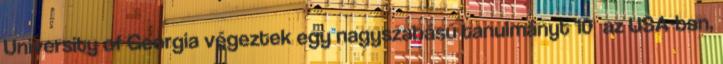
University of Georgia végeztek egy nagyszabású tanulmányt 10 az USA-ban,